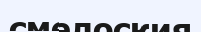
смелоския